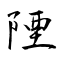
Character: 陻